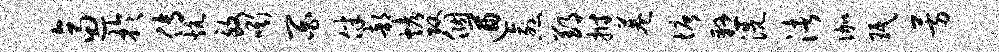
逼于传炕致嘶百伴部烤攻个遒愈郢拊巷塘悬洗渚伽珉芳